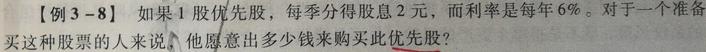
[例 3 - 8]如果 1 股优先股，每季分得股息 2 元，而利率是每年 6%。对于一个准备买这种股票的人来说，他愿意出多少钱来购买此优先股？